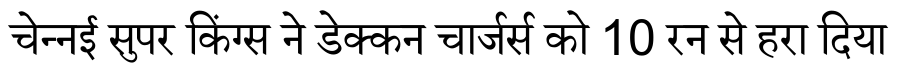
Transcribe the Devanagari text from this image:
चेन्नई सुपर किंग्स ने डेक्कन चार्जर्स को 10 रन से हरा दिया